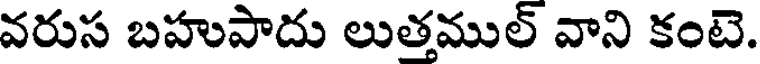
వరుస బహుపాదు లుత్తముల్ వాని కంటె.